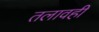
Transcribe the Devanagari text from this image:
तलावही